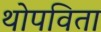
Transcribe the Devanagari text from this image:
थोपविता